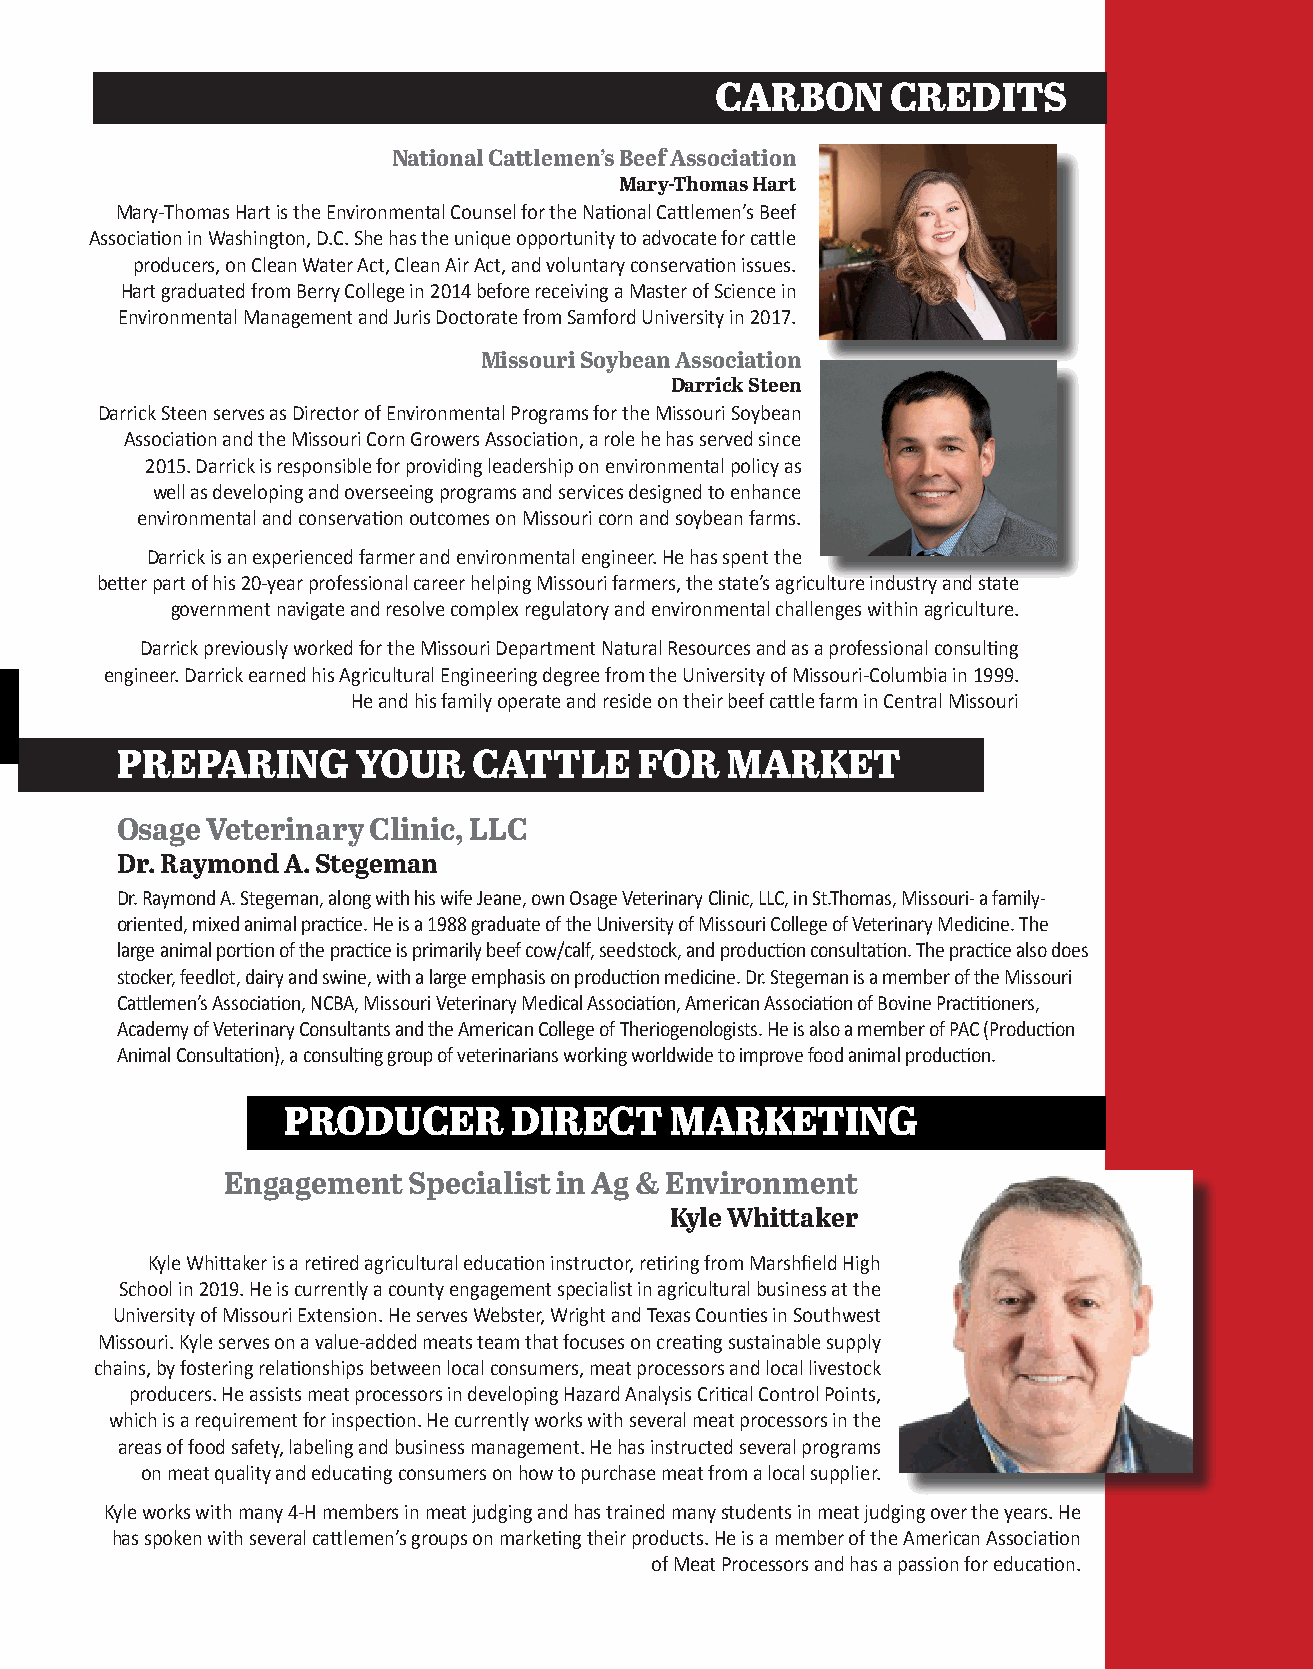
CARBON      CREDITS
 National Cattlemen’s Beef Association
 Mary-Thomas Hart
 Mary-Thomas Hart is the Environmental Counsel for the National Cattlemen’s Beef
 Association in Washington, D.C. She has the unique opportunity to advocate for cattle
 producers, on Clean Water Act, Clean Air Act, and voluntary conservation issues.
 Hart graduated from Berry College in 2014 before receiving a Master of Science in
 Environmental Management and Juris Doctorate from Samford University in 2017.
 Missouri Soybean Association
 Darrick Steen
 Darrick Steen serves as Director of Environmental Programs for the Missouri Soybean
 Association and the Missouri Corn Growers Association, a role he has served since
 2015. Darrick is responsible for providing leadership on environmental policy as
 well as developing and overseeing programs and services designed to enhance
 environmental and conservation outcomes on Missouri corn and soybean farms.
 Darrick is an experienced farmer and environmental engineer. He has spent the
 better part of his 20-year professional career helping Missouri farmers, the state’s agriculture industry and state
 government navigate and resolve complex regulatory and environmental challenges within agriculture.
 Darrick previously worked for the Missouri Department Natural Resources and as a professional consulting
 engineer. Darrick earned his Agricultural Engineering degree from the University of Missouri-Columbia in 1999.
 He and his family operate and reside on their beef cattle farm in Central Missouri
 PREPARING       YOUR   CATTLE     FOR   MARKET
 Osage Veterinary Clinic, LLC
 Dr. Raymond A. Stegeman
 Dr. Raymond A. Stegeman, along with his wife Jeane, own Osage Veterinary Clinic, LLC, in St.Thomas, Missouri- a family-
 oriented, mixed animal practice. He is a 1988 graduate of the University of Missouri College of Veterinary Medicine. The
 large animal portion of the practice is primarily beef cow/calf, seedstock, and production consultation. The practice also does
 stocker, feedlot, dairy and swine, with a large emphasis on production medicine. Dr. Stegeman is a member of the Missouri
 Cattlemen’s Association, NCBA, Missouri Veterinary Medical Association, American Association of Bovine Practitioners,
 Academy of Veterinary Consultants and the American College of Theriogenologists. He is also a member of PAC (Production
 Animal Consultation), a consulting group of veterinarians working worldwide to improve food animal production.
 PRODUCER       DIRECT    MARKETING
 Engagement  Specialist in Ag & Environment
 Kyle Whittaker
 Kyle Whittaker is a retired agricultural education instructor, retiring from Marshfield High
 School in 2019. He is currently a county engagement specialist in agricultural business at the
 University of Missouri Extension. He serves Webster, Wright and Texas Counties in Southwest
 Missouri. Kyle serves on a value-added meats team that focuses on creating sustainable supply
 chains, by fostering relationships between local consumers, meat processors and local livestock
 producers. He assists meat processors in developing Hazard Analysis Critical Control Points,
 which is a requirement for inspection. He currently works with several meat processors in the
 areas of food safety, labeling and business management. He has instructed several programs
 on meat quality and educating consumers on how to purchase meat from a local supplier.
 Kyle works with many 4-H members in meat judging and has trained many students in meat judging over the years. He
 has spoken with several cattlemen’s groups on marketing their products. He is a member of the American Association
 of Meat Processors and has a passion for education.